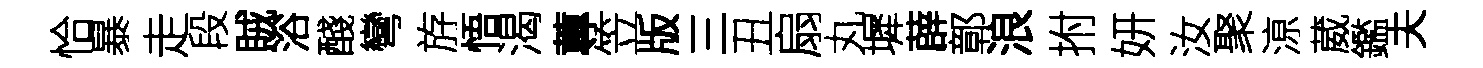
恰暴走段賊浴醆彎斿悟渴蓴笠版三丑扇丸墀薜鄣浪拊妍汝聚鿌葳鑑夫